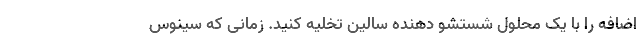
اضافه را با یک محلول شستشو دهنده سالین تخلیه کنید. زمانی که سینوس